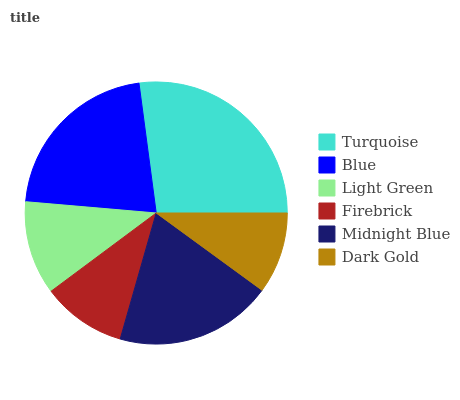
| Turquoise | Blue | Light Green | Firebrick | Midnight Blue | Dark Gold |
 | --- | --- | --- | --- | --- | --- |
 | 27.1% | 21.5% | 11.6% | 10.4% | 19.4% | 10% |